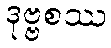
ဒုဗ္ဗစဿ